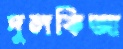
দুলকিআ